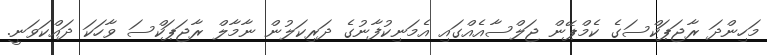
މަހިންދަ ރާޖަޕަކްސަގެ ކެމްޕޭން ޖަލްސާއެއްގައި އެމަނިކުފާނުގެ ދަރިކަލުން ނާމާލް ރާޖަޕަކްސަ ވާހަކަ ދައްކަވަނީ.